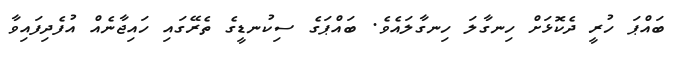
ބައްޕަ ހުރީ ދެކޮޅަށް ހިނގާލަ ހިނގާލައެވެ. ބައްޕަގެ ސިކުނޑީގެ ތެރޭގައި ހައިޖާނެއް އުފެދިފައިވާ